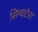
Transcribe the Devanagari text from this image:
सिग्वाटेरा